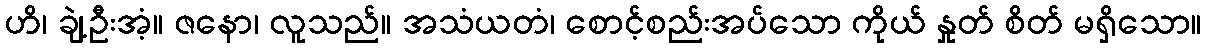
ဟိ၊ ချဲ့ဦးအံ့။ ဇနော၊ လူသည်။ အသံယတံ၊ စောင့်စည်းအပ်သော ကိုယ် နှုတ် စိတ် မရှိသော။